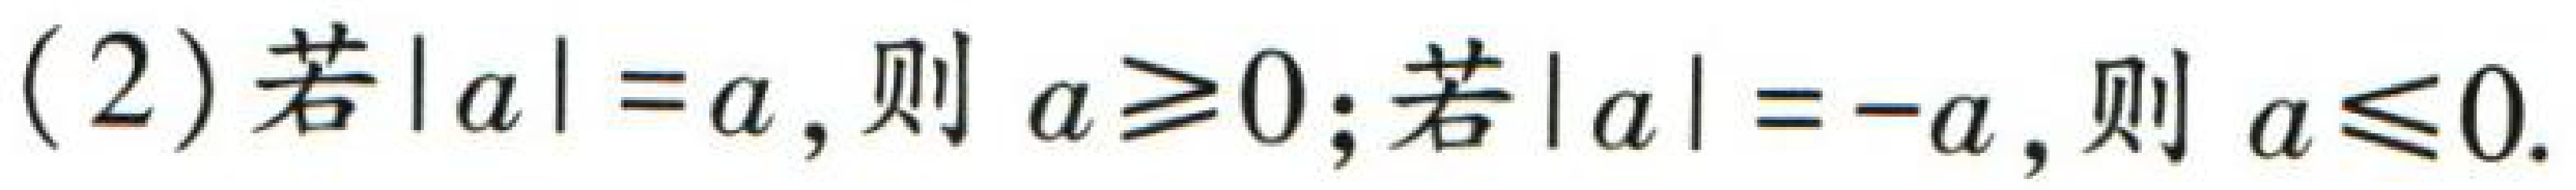
(2)若\(\vert a\vert =a\)，则 \(a\geq0\)；若\(\vert a\vert = -a\)，则 \(a\leq0\)。